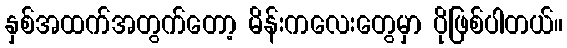
နှစ်အထက်အတွက်တော့ မိန်းကလေးတွေမှာ ပိုဖြစ်ပါတယ်။